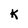
Character: K